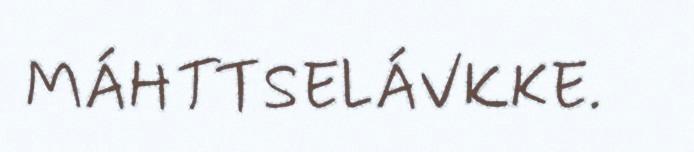
MÁHTTSELÁVKKE.